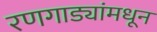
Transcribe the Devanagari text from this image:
रणगाड्यांमधून